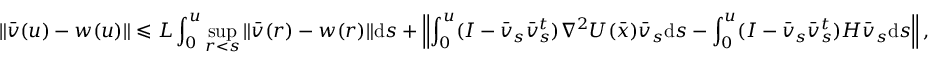
\| \bar { v } ( u ) - w ( u ) \| \leqslant L \int _ { 0 } ^ { u } \operatorname* { s u p } _ { r < s } \| \bar { v } ( r ) - w ( r ) \| \mathrm { d } s + \left\| \int _ { 0 } ^ { u } ( I - \bar { v } _ { s } \bar { v } _ { s } ^ { t } ) \nabla ^ { 2 } U ( \bar { x } ) \bar { v } _ { s } \mathrm { d } s - \int _ { 0 } ^ { u } ( I - \bar { v } _ { s } \bar { v } _ { s } ^ { t } ) H \bar { v } _ { s } \mathrm { d } s \right\| ,